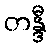
တန္ဒီ